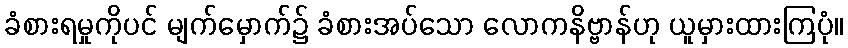
ခံစားရမှုကိုပင် မျက်မှောက်၌ ခံစားအပ်သော လောကနိဗ္ဗာန်ဟု ယူမှားထားကြပုံ။